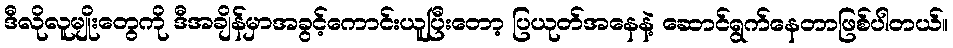
ဒီလိုလူမျိုးတွေကို ဒီအချိန်မှာအခွင့်ကောင်းယူပြီးတော့ ပြယုတ်အနေနဲ့ ဆောင်ရွက်နေတာဖြစ်ပါတယ်။